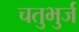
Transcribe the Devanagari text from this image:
चतुभुर्ज